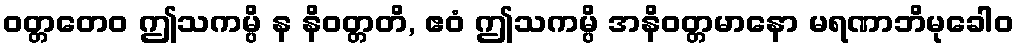
ဝတ္တတေဝ ဤသကမ္ပိ န နိဝတ္တတိ, ဧဝံ ဤသကမ္ပိ အနိဝတ္တမာနော မရဏာဘိမုခေါဝ